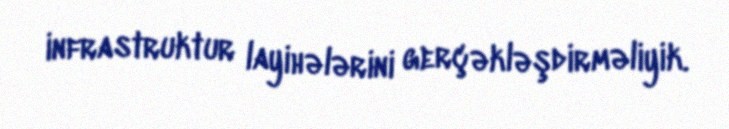
infrastruktur layihələrini gerçəkləşdirməliyik.